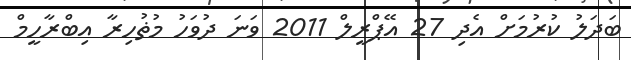
ބަދަލު ކުރުމަށް އެދި 27 އޭޕްރީލް 2011 ވަނަ ދުވަހު މުޡުހިރާ އިބްރާހީމް